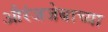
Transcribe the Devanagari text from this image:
औरंजजेबाच्या